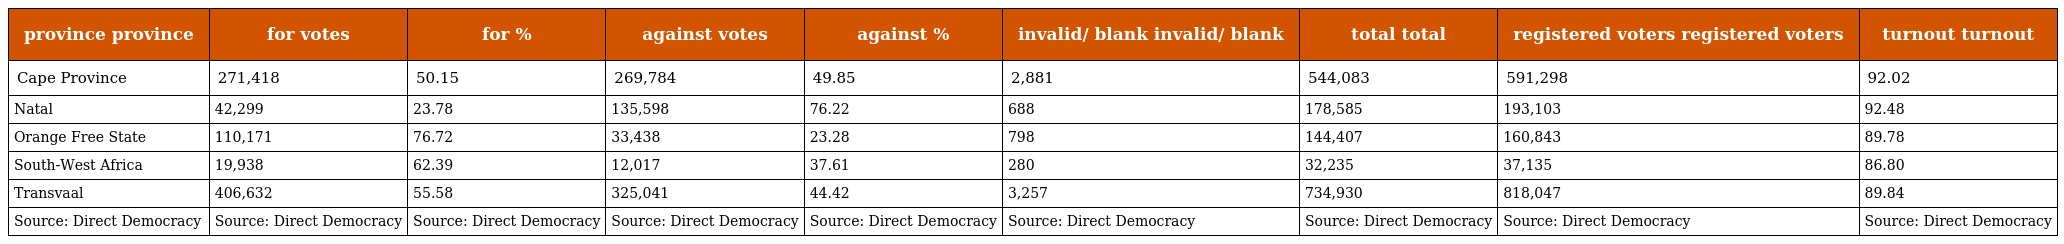
| province province | for votes | for % | against votes | against % | invalid/ blank invalid/ blank | total total | registered voters registered voters | turnout turnout |
 | --- | --- | --- | --- | --- | --- | --- | --- | --- |
 | Cape Province | 271,418 | 50.15 | 269,784 | 49.85 | 2,881 | 544,083 | 591,298 | 92.02 |
 | Natal | 42,299 | 23.78 | 135,598 | 76.22 | 688 | 178,585 | 193,103 | 92.48 |
 | Orange Free State | 110,171 | 76.72 | 33,438 | 23.28 | 798 | 144,407 | 160,843 | 89.78 |
 | South-West Africa | 19,938 | 62.39 | 12,017 | 37.61 | 280 | 32,235 | 37,135 | 86.80 |
 | Transvaal | 406,632 | 55.58 | 325,041 | 44.42 | 3,257 | 734,930 | 818,047 | 89.84 |
 | Source: Direct Democracy | Source: Direct Democracy | Source: Direct Democracy | Source: Direct Democracy | Source: Direct Democracy | Source: Direct Democracy | Source: Direct Democracy | Source: Direct Democracy | Source: Direct Democracy |